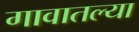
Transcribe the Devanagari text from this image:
गावातल्‍या